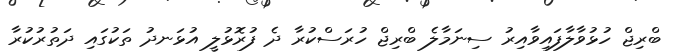
ބްރިޖް ހުޅުވާލާފައިވާއިރު ސިނަމާލެ ބްރިޖް ހުރަސްކުރާ ދެ ފުރޮޅުލީ އުޅަނދު ތަކުގައި ދަތުރުކުރާ